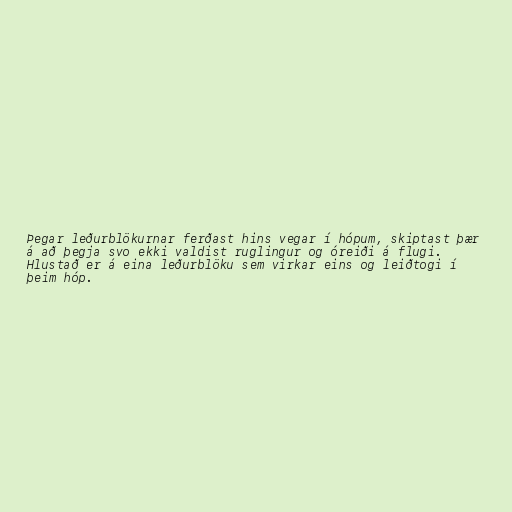
Þegar leðurblökurnar ferðast hins vegar í hópum, skiptast þær
á að þegja svo ekki valdist ruglingur og óreiði á flugi.
Hlustað er á eina leðurblöku sem virkar eins og leiðtogi í
þeim hóp.